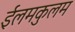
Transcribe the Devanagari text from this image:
ईलमकुलम